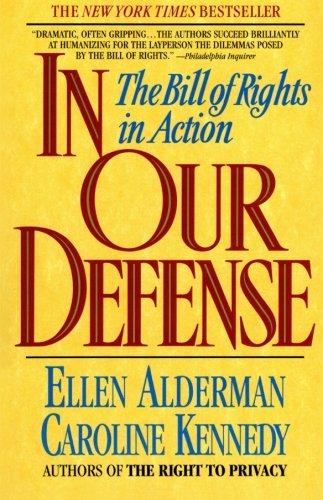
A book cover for In Our Defense: The Bill of Rights in Action; Ellen Alderman; Law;